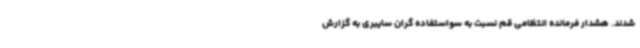
شدند. هشدار فرمانده انتظامی قم نسبت به سواستفاده گران سایبری به‌ گزارش